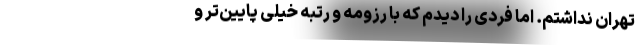
تهران نداشتم. اما فردی را دیدم که با رزومه و رتبه خیلی پایین‌تر و